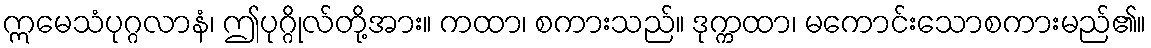
ဣမေသံပုဂ္ဂလာနံ၊ ဤပုဂ္ဂိုလ်တို့အား။ ကထာ၊ စကားသည်။ ဒုက္ကထာ၊ မကောင်းသောစကားမည်၏။